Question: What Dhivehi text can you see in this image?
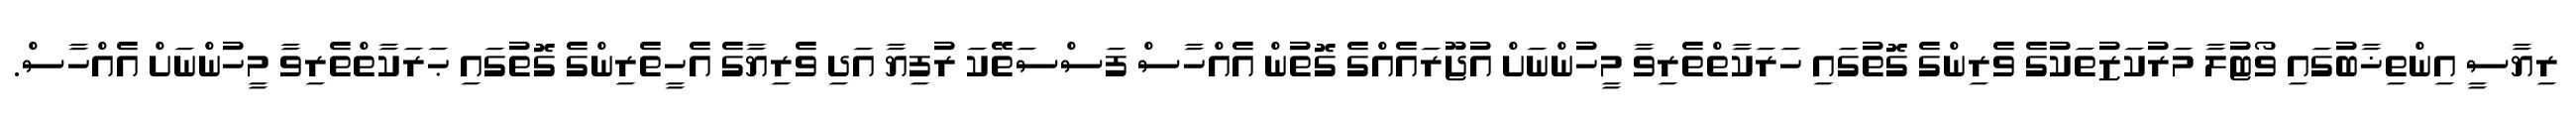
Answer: ރިޔާސީ އިންތިޚާބުގައި ވޯޓުލާ މަރުކަޒުތަކުގެ ވެރިންގެ ގޮތުގައި ހަރަކާތްތެރިވާ މީހުންނަށް އުޖޫރައެއްގެ ގޮތުން އެއްހާސް ފަސްސަތޭކަ ރުފިޔާ އަދި ވެރިޔާގެ އެހީތެރިންގެ ގޮތުގައި ޙަރަކާތްތެރިވާ މީހުންނަށް އެއްހާސް.